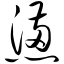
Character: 懑